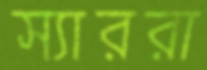
স্যাররা